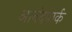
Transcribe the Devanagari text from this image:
आनंदपार्क